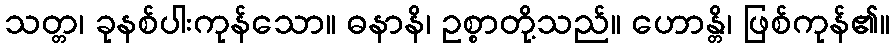
သတ္တ၊ ခုနစ်ပါးကုန်သော။ ဓနာနိ၊ ဥစ္စာတို့သည်။ ဟောန္တိ၊ ဖြစ်ကုန်၏။